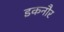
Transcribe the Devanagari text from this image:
इकनौर